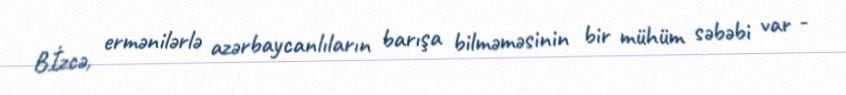
Bİzcə, ermənilərlə azərbaycanlıların barışa bilməməsinin bir mühüm səbəbi var -